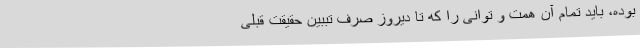
بوده، باید تمام آن همت و توانی را که تا دیروز صرف تببین حقیقت قبلی